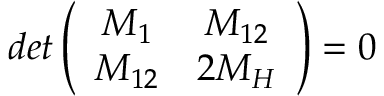
d e t \left( \begin{array} { c c } { { M _ { 1 } } } & { { M _ { 1 2 } } } \\ { { M _ { 1 2 } } } & { { 2 M _ { H } } } \end{array} \right) = 0